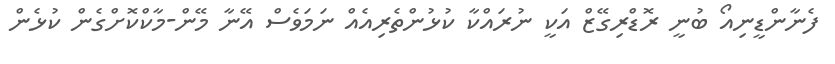
ފެނާންޑީނިއޯ ބުނީ ރޮޑްރިގޭޒް އަކީ ނުރައްކާ ކުޅުންތެރިއެއް ނަމަވެސް އޭނާ މޭން-މާކްކޮށްގެން ކުޅެން